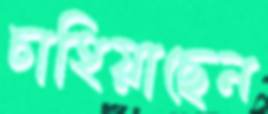
চাহিয়াছেন